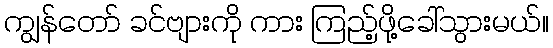
ကျွန်တော် ခင်ဗျားကို ကား ကြည့်ဖို့ခေါ်သွားမယ်။